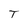
Character: T